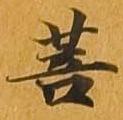
菩